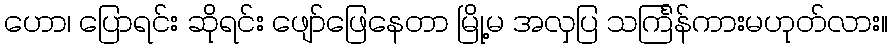
ဟော၊ ပြောရင်း ဆိုရင်း ဖျော်ဖြေနေတာ မြို့မ အလှပြ သင်္ကြန်ကားမဟုတ်လား။